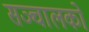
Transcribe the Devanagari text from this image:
सञ्चालकों